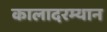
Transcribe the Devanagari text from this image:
कालादरम्यान